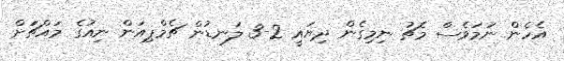
އެހެން ނަމަވެސް މެޗު ނިމިގެން ދިޔައީ 2-3 ލަނޑުން ޗެމްޕިއަން ނިއުގެ މައްޗަަށް